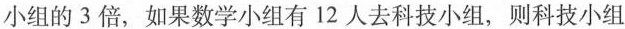
小组的3倍，如果数学小组有12人去科技小组，则科技小组